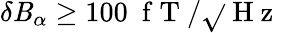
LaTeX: \delta\mathit{B}_{\alpha}\geq100~\mathrm{{~f~T~}}/\sqrt{}{{\mathrm{{~H~z~}}}}